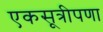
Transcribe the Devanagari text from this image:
एकसूत्रीपणा